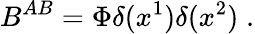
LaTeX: B^{AB}=\Phi\delta(x^{1})\delta(x^{2})\; .